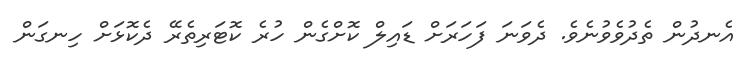
އެނދުން ތެދުވެވުނެވެ. ދެވަނަ ފަހަރަށް ޑައިލް ކޮށްގެން ހުރެ ކޮޓަރިތެރޭ ދެކޮޅަށް ހިނގަން